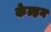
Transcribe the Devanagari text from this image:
केल्हन